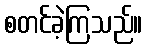
စတင်ခဲ့ကြသည်။